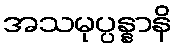
အသမုပ္ပန္နာနိ